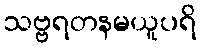
သဗ္ဗရတနမယူပရိ